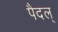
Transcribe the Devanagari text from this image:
पैदल्